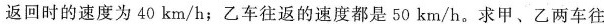
返回时的速度为40km/h；乙车往返的速度都是50km/h。求甲、乙两车往